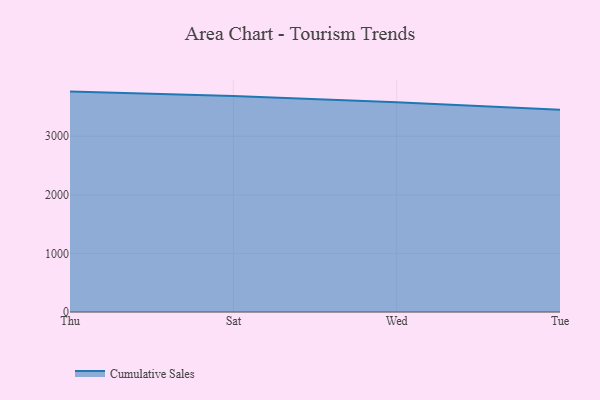
{"axis": {"x": "Day", "y": "Humidity (%)"}, "legend": ["Cumulative Sales"], "data": [{"x": "Thu", "y": 3761.9, "type": "Cumulative Sales"}, {"x": "Sat", "y": 3686.7, "type": "Cumulative Sales"}, {"x": "Wed", "y": 3579.7, "type": "Cumulative Sales"}, {"x": "Tue", "y": 3450.4, "type": "Cumulative Sales"}]}